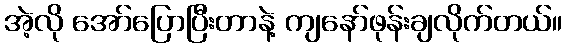
အဲ့လို အော်ပြောပြီးတာနဲ့ ကျနော်ဖုန်းချလိုက်တယ်။